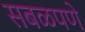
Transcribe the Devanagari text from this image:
सबळपणे